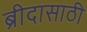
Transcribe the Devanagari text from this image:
ब्रीदासाठी